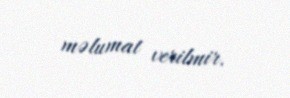
məlumat verilmir.